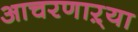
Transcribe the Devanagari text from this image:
आचरणाऱ्या